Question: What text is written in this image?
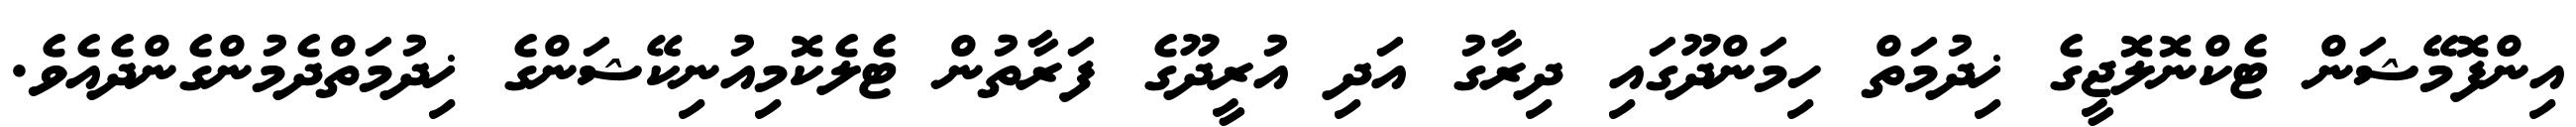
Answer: އިންފޮމޭޝަން ޓެކްނޮލޮޖީގެ ޚިދުމަތް ހިމަންދޫގައި ދިރާގު އަދި އުރީދޫގެ ފަރާތުން ޓެލެކޮމިއުނިކޭޝަންގެ ޚިދުމަތްދެމުންގެންދެއެވެ.